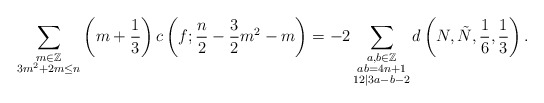
\begin{align*} \sum_{\substack{m\in \mathbb{Z}\\3m^2+2m\leq n}}\left(m+\frac{1}{3}\right) c\left(f; \frac{n}{2}-\frac{3}{2}m^2-m\right) =-2 \sum_{\substack{a,b\in \mathbb{Z}\\ab=4n+1\\ 12|3a-b-2}} d\left(N, \tilde{N}, \frac{1}{6}, \frac{1}{3}\right).\end{align*}